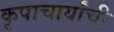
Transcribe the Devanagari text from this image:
कृपाचार्यांची